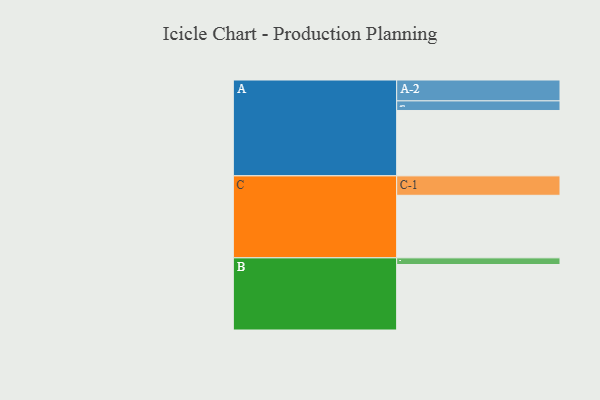
{"axis": {"x": "Segment", "y": "Value"}, "legend": ["", "A", "B", "C"], "data": [{"x": "A", "y": 579, "type": ""}, {"x": "B", "y": 580, "type": ""}, {"x": "C", "y": 554, "type": ""}, {"x": "A-1", "y": 85, "type": "A"}, {"x": "A-2", "y": 185, "type": "A"}, {"x": "B-1", "y": 59, "type": "B"}, {"x": "C-1", "y": 172, "type": "C"}]}